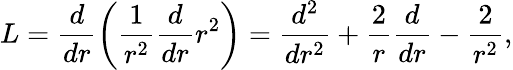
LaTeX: L=\frac{d}{dr}\left(\frac{1}{r^{2}}\frac{d}{dr}r^{2}\right)=\frac{d^{2}}{dr^{2}}+\frac{2}{r}\frac{d}{dr}-\frac{2}{r^{2}},